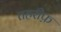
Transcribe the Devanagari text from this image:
तहरीफ़